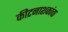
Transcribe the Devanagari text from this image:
कीटनाशकांचा